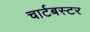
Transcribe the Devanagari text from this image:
चार्टबस्टर